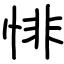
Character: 悱